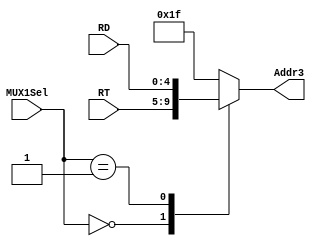
module mux1(
	RT, RD, MUX1Sel, 
	
	Addr3
	);
	input[4:0] RT, RD;
	input[1:0] MUX1Sel;
	output reg[4:0] Addr3;

	always@(RT, RD, MUX1Sel)
		case(MUX1Sel)
			2'b00:	Addr3 = RT;	//rt
			2'b01:	Addr3 = RD;	//rd
			default:Addr3 = 5'h1f;			//31
		endcase

endmodule

module mux2(
	MUX6Out, CP0Out, MUX2Sel, 
	
	WD
	);
	input[31:0] MUX6Out, CP0Out;
	input MUX2Sel;
	output[31:0] WD;

	assign WD = MUX2Sel ? CP0Out : MUX6Out;

endmodule

module mux3(
	RD2, Imm32, MUX3Sel, 
	
	B
	);
	input[31:0] RD2,Imm32;
	input MUX3Sel;
	output reg[31:0] B;

	always@(RD2, Imm32, MUX3Sel)
		case(MUX3Sel)
			1'b0:	B = RD2;
			default:B = Imm32;
		endcase	

endmodule

module mux4(
	GPR_RS, data_EX, 
	data_MEM1, data_MEM2, MUX4Sel, 
	
	out
	);
	input[31:0] GPR_RS, data_EX, data_MEM1, data_MEM2;
	input[1:0] MUX4Sel;
	output reg[31:0] out;

	always@(GPR_RS, data_EX, data_MEM1, data_MEM2, MUX4Sel)
		case(MUX4Sel)
			2'b00, 2'b10:	out = GPR_RS;
			2'b01:	out = data_EX;
			default:out = data_MEM2;
		endcase

endmodule

module mux5(
	GPR_RT, data_EX, 
	data_MEM1, data_MEM2, MUX5Sel, 
	
	out
	);
	input[31:0] GPR_RT, data_EX, data_MEM1, data_MEM2;
	input[1:0] MUX5Sel;
	output reg[31:0] out;

	always@(GPR_RT, data_EX, data_MEM1, data_MEM2, MUX5Sel)
		case(MUX5Sel)
			2'b00, 2'b10:	out = GPR_RT;
			2'b01:	out = data_EX;
			default:out = data_MEM2;
		endcase

endmodule

module mux6(
	MUX11Out, ALU1Out,  MUX6Sel, 
	
	out
	);
	input[31:0] MUX11Out, ALU1Out;
	input MUX6Sel;
	output[31:0] out;
	
	assign out = MUX6Sel ? ALU1Out : MUX11Out; 

endmodule

module mux7(
	WRSign, MUX7Sel,
	 
	MUX7Out
	);
	input[3:0] WRSign;
	input MUX7Sel;
	output[3:0] MUX7Out;

	assign MUX7Out = MUX7Sel ? 4'b0000 : WRSign;
 
endmodule

module mux8(
	GPR_RS, data_MEM1, data_MEM2, MUX8Sel, WD,
	
	out
	);
	input[31:0] GPR_RS, data_MEM1, data_MEM2, WD;
	input[1:0] MUX8Sel;
	output reg[31:0] out;
	

	always@(GPR_RS, data_MEM1, data_MEM2, MUX8Sel, WD)
		if(MUX8Sel == 2'b00)
			out = GPR_RS;
		else 
			case(MUX8Sel)
				2'b10:	out = data_MEM1;
				2'b11:	out = data_MEM2;
				default: out = WD;
			endcase
endmodule 

module mux9(
	GPR_RT, data_MEM1, data_MEM2, MUX9Sel, WD,
	
	out
	);
	input[31:0] GPR_RT, data_MEM1, data_MEM2, WD;
	input[1:0] MUX9Sel;
	output reg[31:0] out;
	
	always@(GPR_RT, data_MEM1, data_MEM2, MUX9Sel, WD)
		if(MUX9Sel == 2'b00)
			out = GPR_RT;
		else 
			case(MUX9Sel)
				2'b10:	out = data_MEM1;
				2'b11:	out = data_MEM2;
				default: out = WD;
			endcase

endmodule 

module mux10(WB_MUX2Out, WB_DMOut, WB_MUX10Sel, MUX10Out);
	input[31:0] WB_MUX2Out;
	input[31:0] WB_DMOut;
	input WB_MUX10Sel;
	output[31:0] MUX10Out;

	assign MUX10Out = WB_MUX10Sel ? WB_DMOut : WB_MUX2Out;
endmodule

module mux11(Imm32, PC, RHLOut, EX_MUX11Sel, MUX11Out);
	input[31:0] Imm32;
	input[31:0] PC;
	input[31:0] RHLOut;
	input[2:0] EX_MUX11Sel;

	output reg[31:0] MUX11Out;

	always@(EX_MUX11Sel, RHLOut, Imm32, PC)
		case(EX_MUX11Sel)
			3'b000:	MUX11Out = RHLOut;
			3'b001:	MUX11Out = Imm32;
			default:MUX11Out = PC + 8;
		endcase
	/*	MUX11Sel:
		3'b000:	RHLOut
		3'b001:	Imm32
		3'b010:	ALU1Out
		3'b011:	PC+8
		3'b100:	DMOut
		3'b101:	CP0Out
	*/
endmodule

module mux12(
	RD1, shamt, ALU1Sel, 
	
	A
	);
	input[31:0] RD1;
	input[4:0] shamt;
	input ALU1Sel;
	output reg[31:0] A;

	always@(RD1, shamt, ALU1Sel)
		case(ALU1Sel)
			1'b0:	A = RD1;
			default:A = {27'd0, shamt};
		endcase	

endmodule